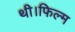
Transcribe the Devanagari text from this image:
थी।फिल्म